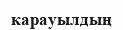
карауылдың